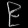
Digit: ၉